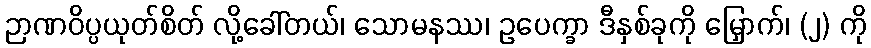
ဉာဏဝိပ္ပယုတ်စိတ် လို့ခေါ်တယ်၊ သောမနဿ၊ ဥပေက္ခာ ဒီနှစ်ခုကို မြှောက်၊ (၂) ကို